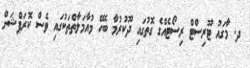
ދ. މާގައު ޓޫރިސްޓް ރިސޯޓެއްގެ ގޮތުގައި ދޫކުރުމާ ބެހޭ މުއާމަލާތްތަކުގައި ވެސް ކޮރަޕްޝަން